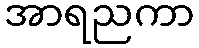
အာရညကာ